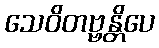
သေဝိတဗ္ဗန္တိပေ